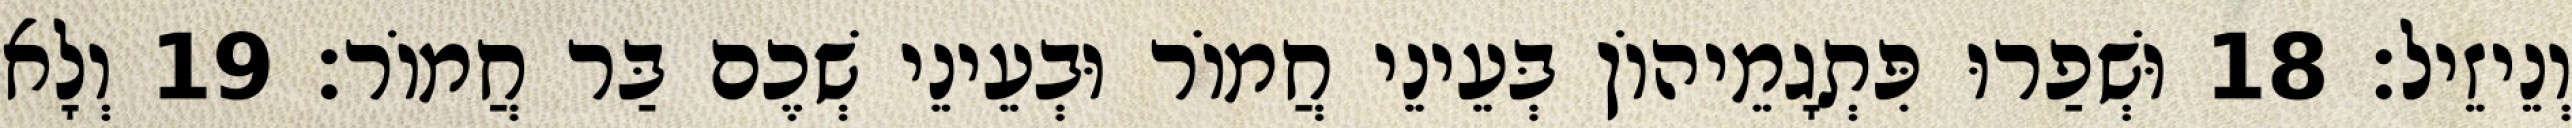
וְנֵיזֵיל׃ 18 וּשְׁפַרוּ פִּתְגָמֵיהוֹן בְּעֵינֵי חֲמוֹר וּבְעֵינֵי שְׁכֶם בַּר חֲמוֹר׃ 19 וְלָא